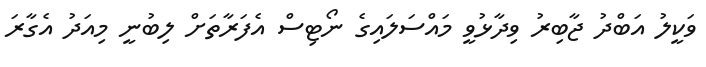
ވަކީލު އަބްދު ޖާބިރު ވިދާޅުވީ މައްސަލައިގެ ނޯޓިސް އެފަރާތަށް ލިބުނީ މިއަދު އެގާރަ